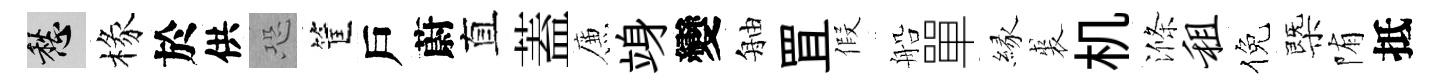
愁椽於供恐筐戶蔚直蓋簾竧變舳罝假船單縁裘机滌租倪㮣陏抵